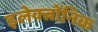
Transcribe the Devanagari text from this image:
इलेक्त्रोंनिक